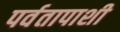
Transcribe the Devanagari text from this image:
पर्वतापाशी